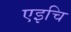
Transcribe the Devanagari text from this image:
एइचि